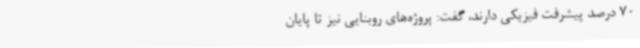
70 درصد پیشرفت فیزیکی دارند، گفت: پروژه‌های روبنایی نیز تا پایان